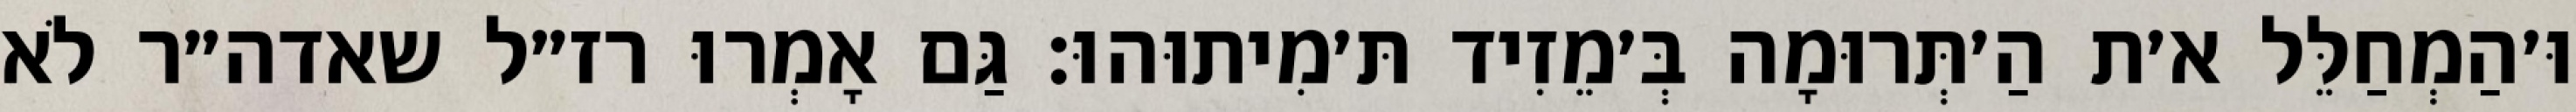
וּ׳הַמְחַלֵּל א׳ת הַ׳תְּרוּמָה בְּ׳מֵזִיד תּ׳מִיתוּהוּ: גַּם אָמְרוּ רז״ל שאדה״ר לֹא